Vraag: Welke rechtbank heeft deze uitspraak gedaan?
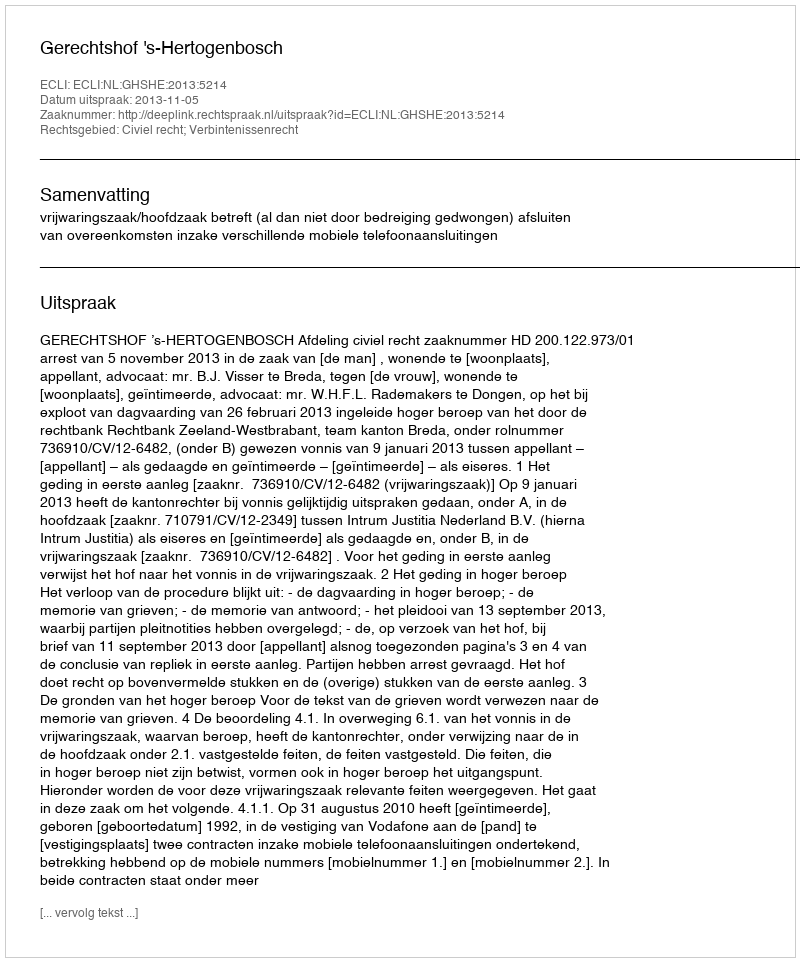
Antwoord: Gerechtshof 's-Hertogenbosch